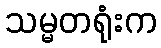
သမ္မတရုံးက